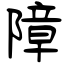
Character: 障